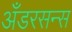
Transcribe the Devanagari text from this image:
अँडरसन्स